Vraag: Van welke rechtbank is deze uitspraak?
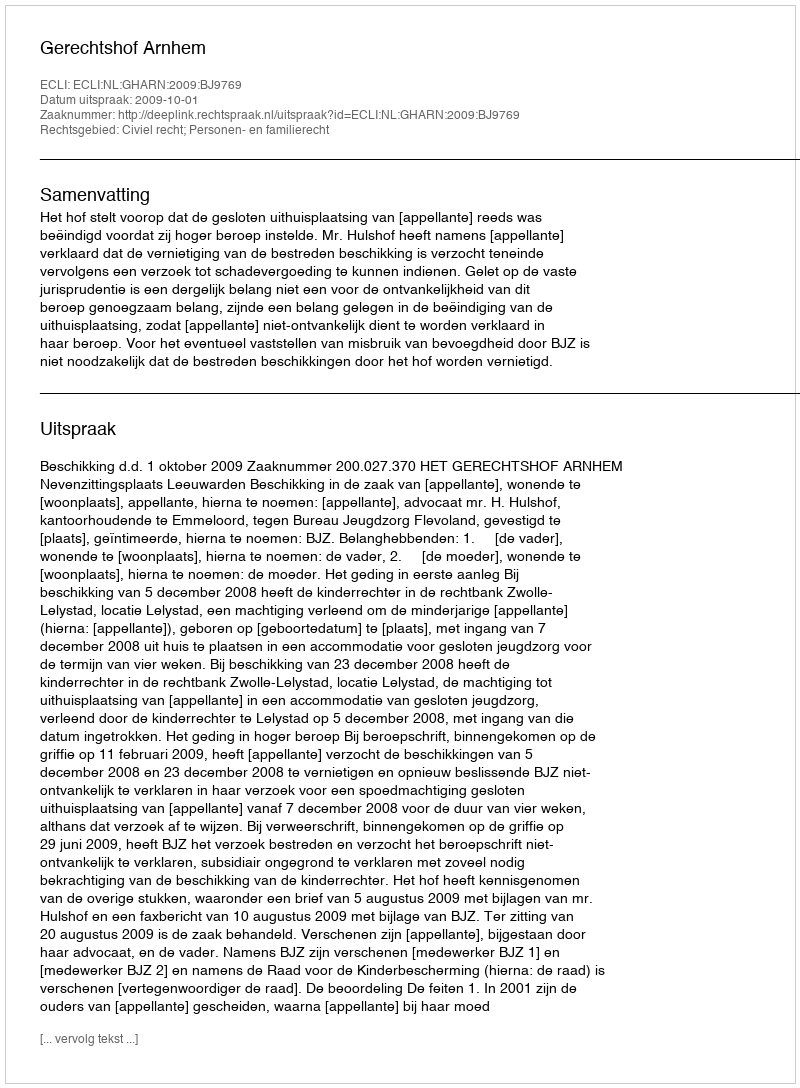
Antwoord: Gerechtshof Arnhem